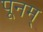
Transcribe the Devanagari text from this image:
पूनम्